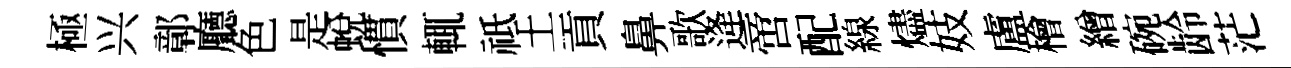
極兴鄣廳色是蜕慣輒祗土貢鼻歌逄啻配線燼妓盧檜繒碗龄茫